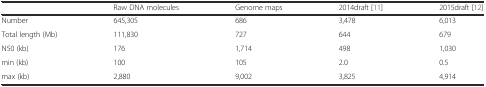
<table><thead><tr><td></td><td><b>Raw DNA molecules</b></td><td><b>Genome maps</b></td><td><b>2014draft [11]</b></td><td><b>2015draft [12]</b></td></tr></thead><tbody><tr><td>Number</td><td>645,305</td><td>686</td><td>3,478</td><td>6,013</td></tr><tr><td>Total length (Mb)</td><td>111,830</td><td>727</td><td>644</td><td>679</td></tr><tr><td>N50 (kb)</td><td>176</td><td>1,714</td><td>498</td><td>1,030</td></tr><tr><td>min (kb)</td><td>100</td><td>105</td><td>2.0</td><td>0.5</td></tr><tr><td>max (kb)</td><td>2,880</td><td>9,002</td><td>3,825</td><td>4,914</td></tr></tbody></table>